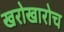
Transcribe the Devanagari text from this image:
खरोखारोच